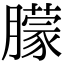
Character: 䑃